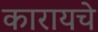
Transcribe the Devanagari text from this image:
कारायचे